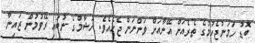
ބޮޑު ހަމަނުޖެހުމުގެ ތެރެއަށް އޭނާއަށް ވަންނަން ޖެހެއެވެ. ހުޝާމްގެ ނުބައި ރޭވުމުން ޒައިނާ